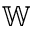
{ \mathbb W }